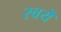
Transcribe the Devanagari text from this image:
स्वयॆ